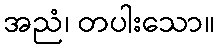
အညံ၊ တပါးသော။